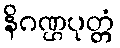
နိဂဏ္ဌပုတ္တံ